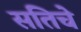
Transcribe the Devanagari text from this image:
सतिचे